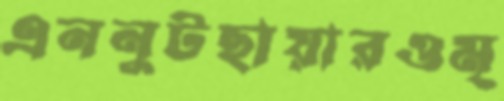
এননুটছায়ারওমৃ